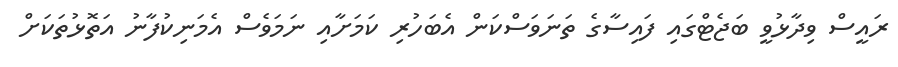
ރައީސް ވިދާޅުވީ ބަޖެޓްގައި ފައިސާގެ ތަނަވަސްކަން އެބަހުރި ކަމަށާއި ނަމަވެސް އެމަނިކުފާނު އަތޮޅުތަކަށް